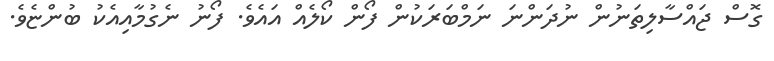
ގޮސް ޖައްސާލިތަނުން ނުދަންނަ ނަމްބަރަކުން ފޯން ކޯލެއް އައެވެ. ފޯނު ނެގުމާއިއެކު ބުންޏެވެ.